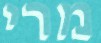
מרי